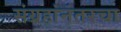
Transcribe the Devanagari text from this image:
संग्रहांनंतरचा